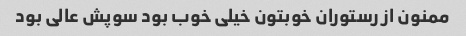
ممنون از رستوران خوبتون خیلی خوب بود سوپش عالی بود